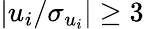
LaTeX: |u_{i}/\sigma_{u_{i}}|\geq 3